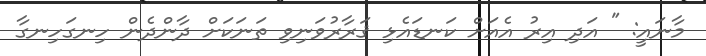
މާނައީ: " އަދި އިރު އެއަށް ކަނޑައެޅި ޤަރާރުވަނިވި ތަނަކަށް ދާންދެން ހިނގަހިނގާ